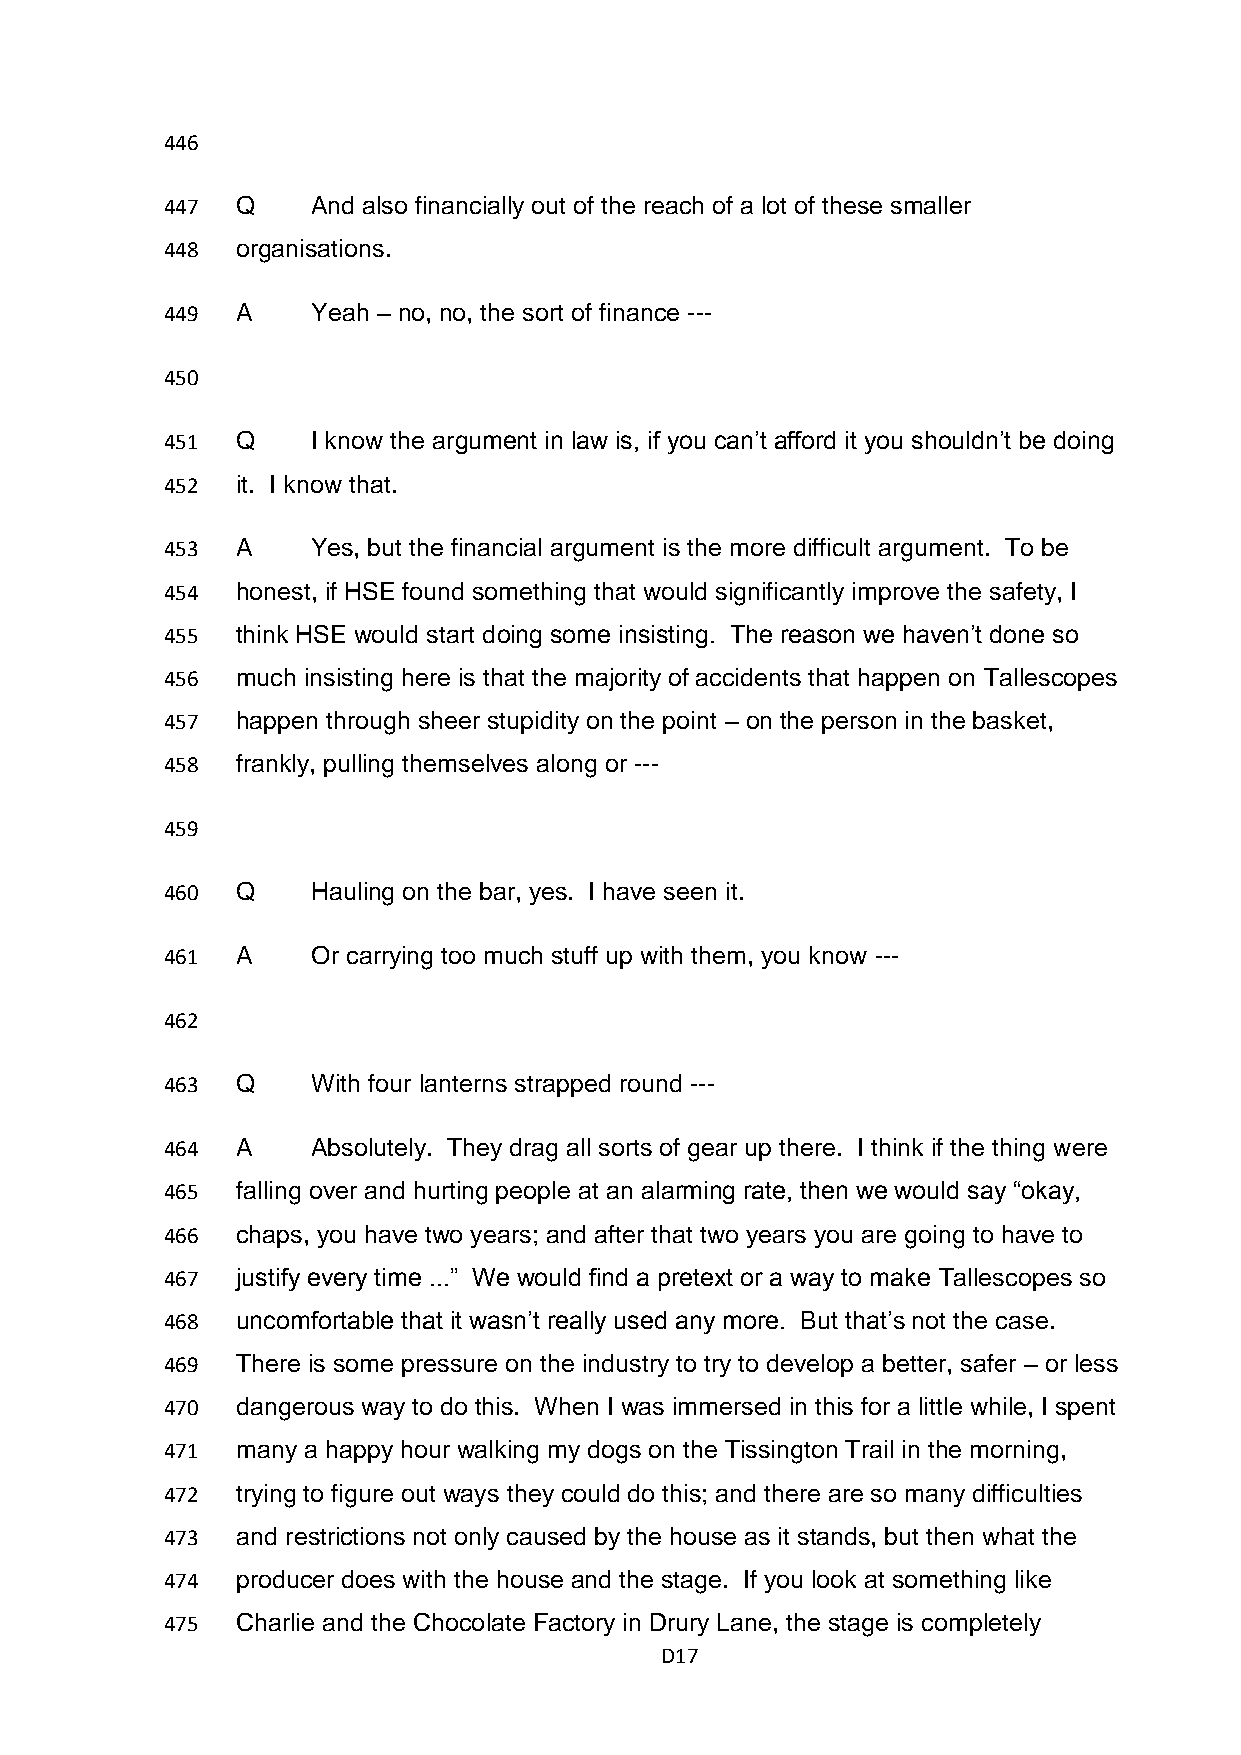
446
 447  Q    And also financially out of the reach of a lot of these smaller
 448  organisations.
 449  A    Yeah – no, no, the sort of finance ---
 450
 451  Q    I know the argument in law is, if you can’t afford it you shouldn’t be doing
 452  it. I know that.
 453  A    Yes, but the financial argument is the more difficult argument. To be
 454  honest, if HSE found something that would significantly improve the safety, I
 455  think HSE would start doing some insisting. The reason we haven’t done so
 456  much insisting here is that the majority of accidents that happen on Tallescopes
 457  happen through sheer stupidity on the point – on the person in the basket,
 458  frankly, pulling themselves along or ---
 459
 460  Q    Hauling on the bar, yes. I have seen it.
 461  A    Or carrying too much stuff up with them, you know ---
 462
 463  Q    With four lanterns strapped round ---
 464  A    Absolutely. They drag all sorts of gear up there. I think if the thing were
 465  falling over and hurting people at an alarming rate, then we would say “okay,
 466  chaps, you have two years; and after that two years you are going to have to
 467  justify every time ...” We would find a pretext or a way to make Tallescopes so
 468  uncomfortable that it wasn’t really used any more. But that’s not the case.
 469  There is some pressure on the industry to try to develop a better, safer – or less
 470  dangerous way to do this. When I was immersed in this for a little while, I spent
 471  many a happy hour walking my dogs on the Tissington Trail in the morning,
 472  trying to figure out ways they could do this; and there are so many difficulties
 473  and restrictions not only caused by the house as it stands, but then what the
 474  producer does with the house and the stage. If you look at something like
 475  Charlie and the Chocolate Factory in Drury Lane, the stage is completely
 D17